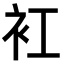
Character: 𧘍